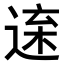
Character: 𨓫